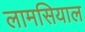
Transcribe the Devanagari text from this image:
लामसियाल